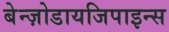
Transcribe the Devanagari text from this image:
बेन्ज़ोडायजिपाइन्स